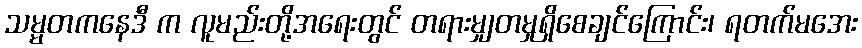
သမ္မတကနေဒီ က လူမည်းတို့အရေးတွင် တရားမျှတမှုရှိစေချင်ကြောင်း၊ ရတက်မအေး